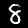
Digit: 8